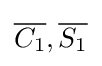
{\overline {C_{1}}},{\overline {S_{1}}}